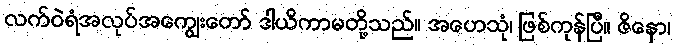
လက်ဝဲရံအလုပ်အကျွေးတော် ဒါယိကာမတို့သည်။ အဟေသုံ၊ ဖြစ်ကုန်ပြီ။ ဇိနော၊